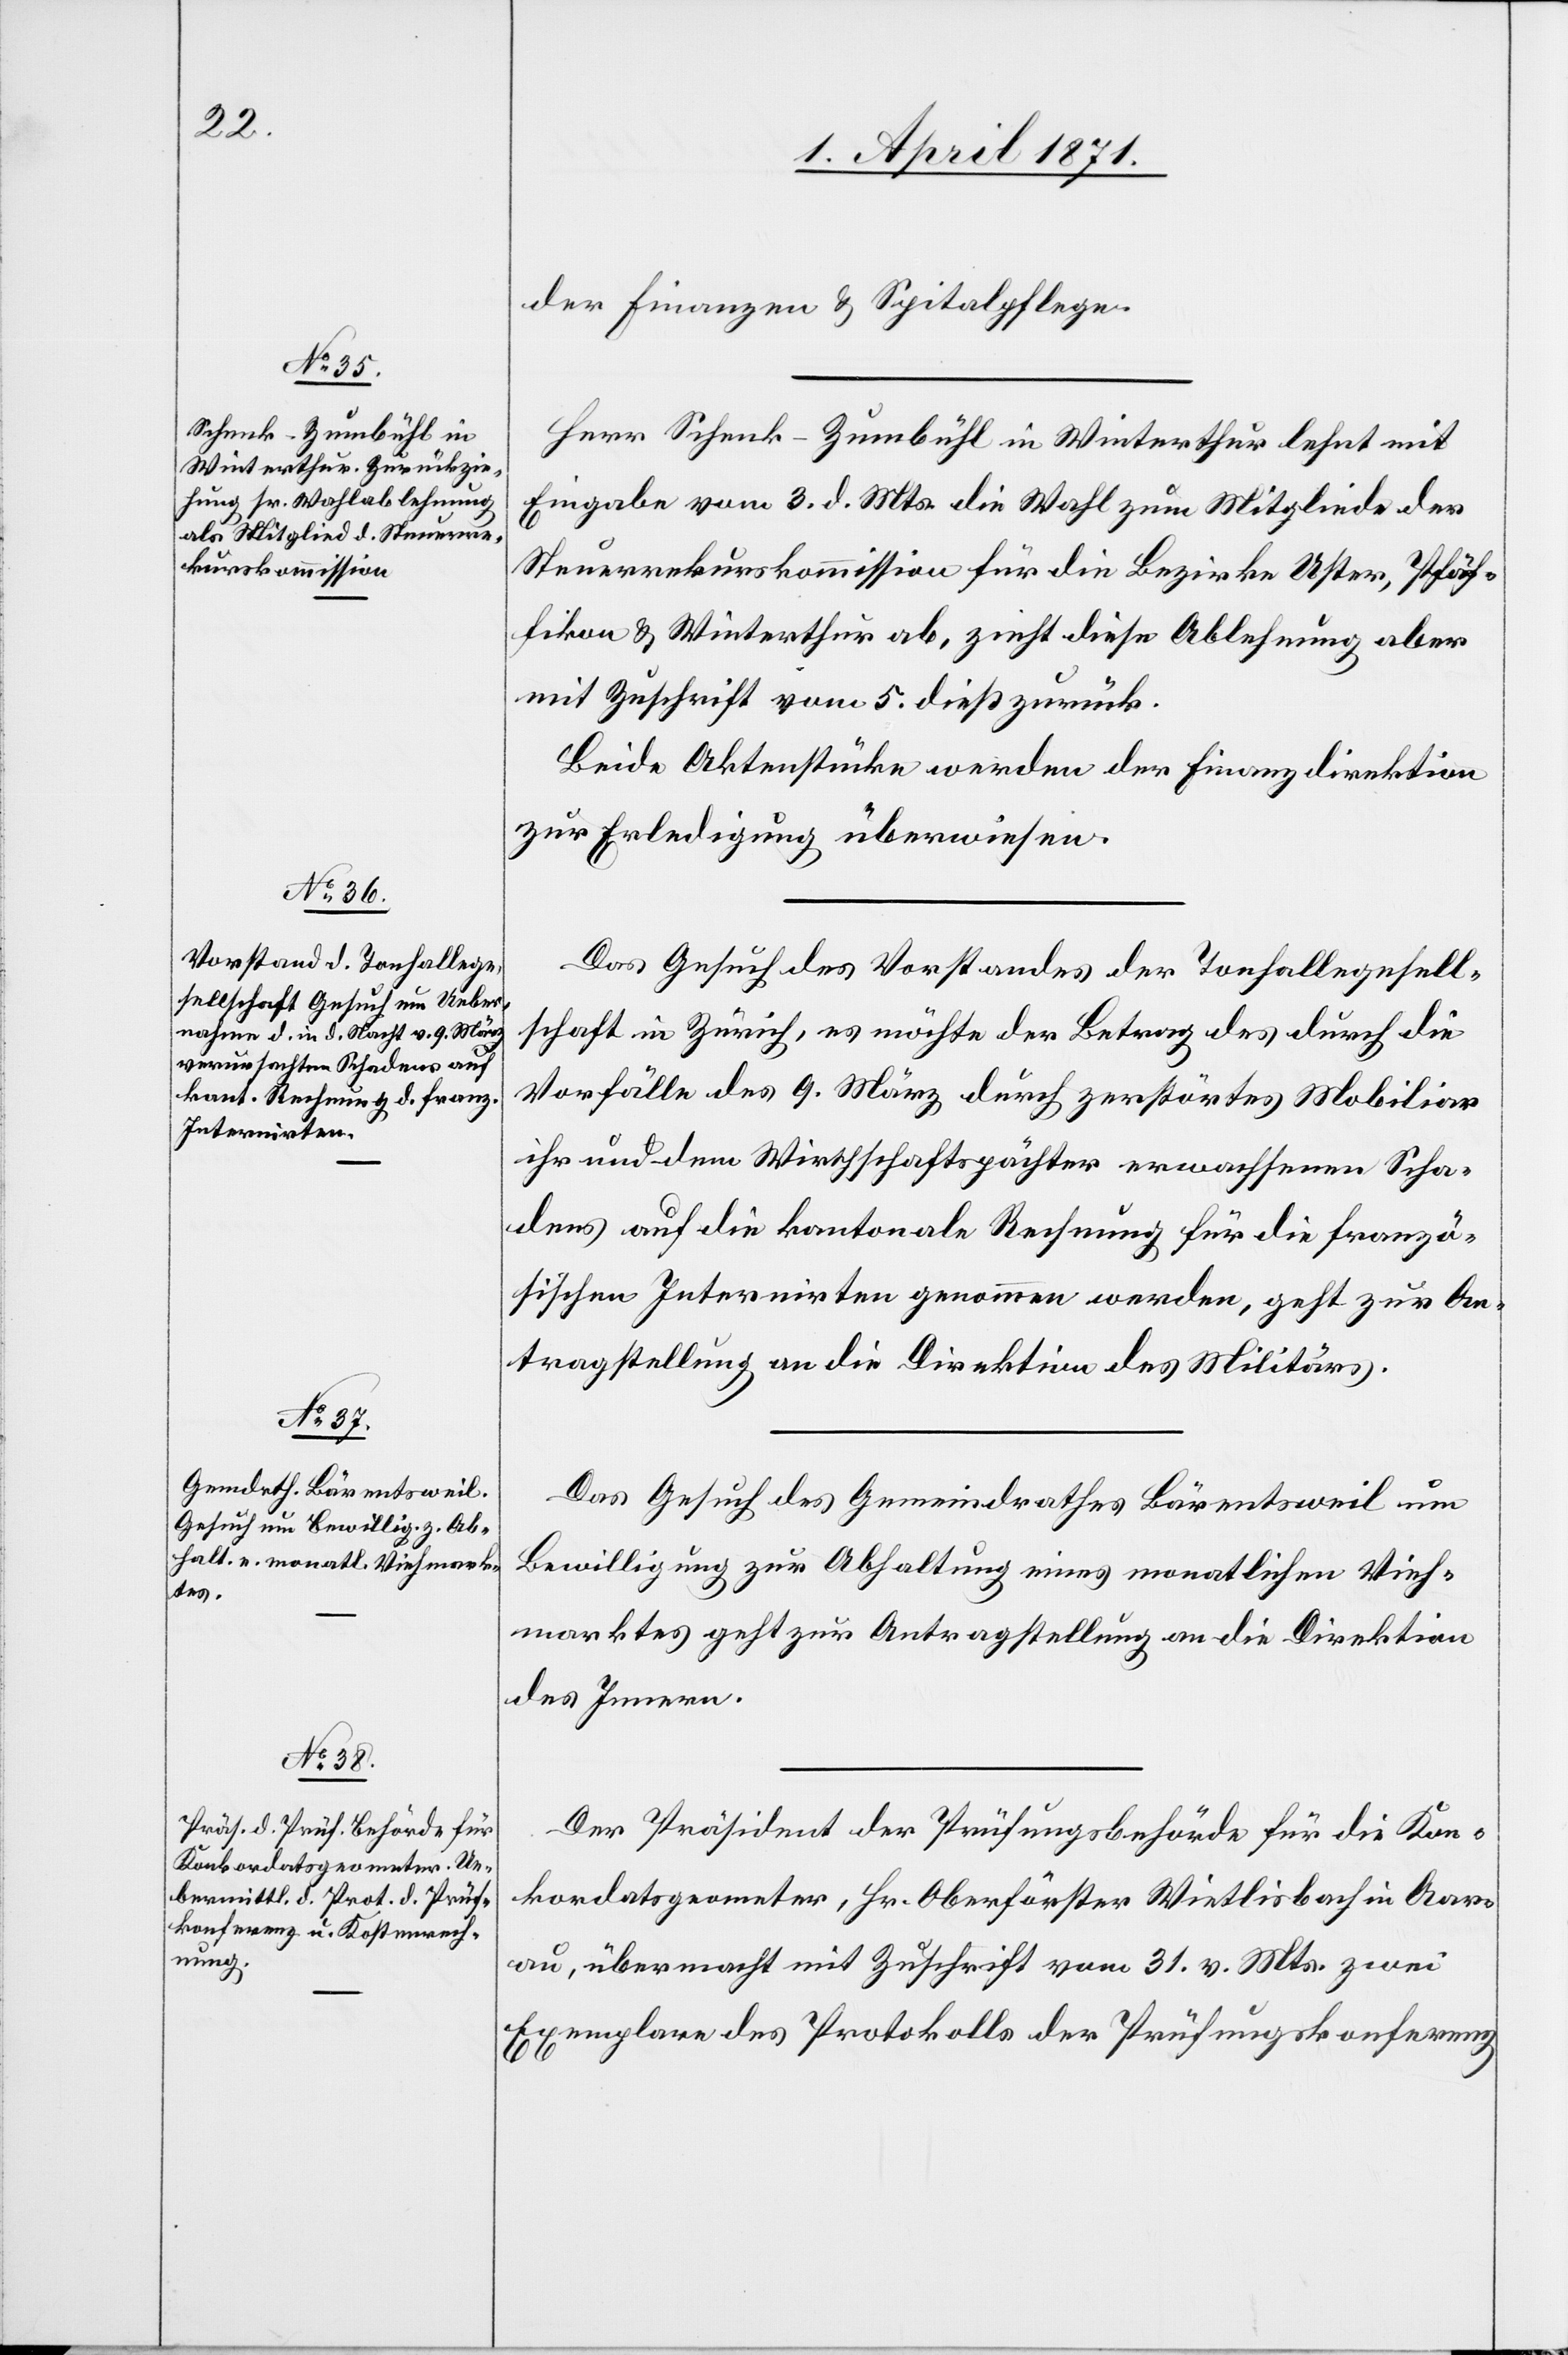
6. April 1871.]
der Finanzen u. Spitalpflege.
Herr Schenk-Zumbühl in Winterthur lehnt mit
Eingabe vom 3. d. Mts. die Wahl zum Mitgliede der
Steuerrekurskommission für die Bezirke Uster, Pfäf¬
fikon u. Winterthur ab, zieht diese Ablehnung aber
mit Zuschrift vom 5. dieß zurück.
Beide Aktenstücke werden der Finanzdirektion
zur Erledigung überwiesen.
Das Gesuch des Vorstandes der Tonhallegesell¬
schaft in Zürich, es möchte der Betrag des durch die
Vorfälle des 9. März durch zerstörtes Mobiliar
ihr und dem Wirthschaftspächter erwachsene Scha¬
dens auf die kantonale Rechnung für die franzö¬
sischen Internirten genommen werden, geht zur An¬
tragstellung an die Direktion des Militärs.
Das Gesuch des Gemeindrathes Bärentsweil um
Bewilligung zur Abhaltung eines monatlichen Vieh¬
marktes geht zur Antragstellung an die Direktion
des Innern.
Der Präsident der Prüfungsbehörde für die Kon¬
kordatsgeometer, Hr. Oberförster Wietlisbach in Aar¬
au, übermacht mit Zuschrift vom 31. v. Mts. zwei
Exemplare des Protokolls der Prüfungskonferenz